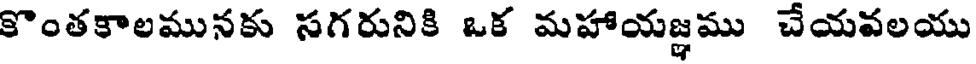
కొంతకాలమునకు సగరునికి ఒక మహాయజ్ఞము చేయవలయు